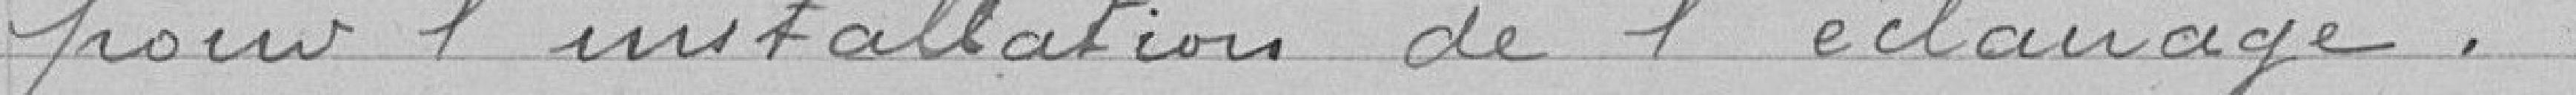
pour l'installation de l'éclairage.